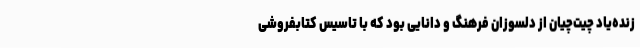
زنده‌یاد چیت‌چیان از دلسوزان فرهنگ و دانایی بود که با تاسیس کتابفروشی